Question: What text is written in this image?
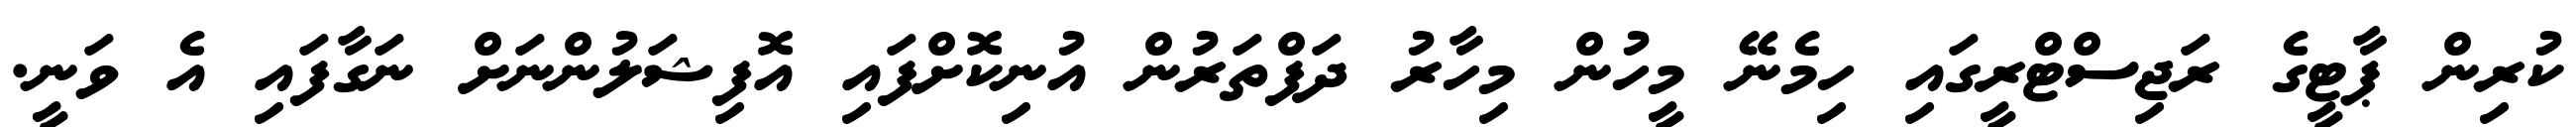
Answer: ކުރިން ޕާޓީގެ ރަޖިސްޓްރީގައި ހިމެނޭ މީހުން މިހާރު ދަފްތަރުން އުނިކޮށްފައި އޮފިޝަލުންނަށް ނަގާފައި އެ ވަނީ.